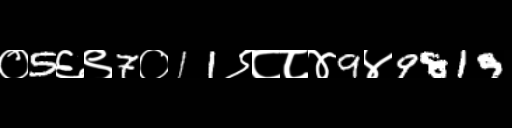
Text: ०5६९7०11९८८४9४9819